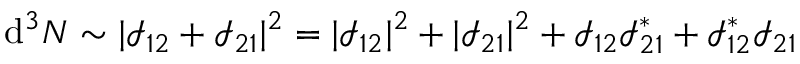
\mathrm { d } ^ { 3 } N \sim | \mathcal { I } _ { 1 2 } + \mathcal { I } _ { 2 1 } | ^ { 2 } = | \mathcal { I } _ { 1 2 } | ^ { 2 } + | \mathcal { I } _ { 2 1 } | ^ { 2 } + \mathcal { I } _ { 1 2 } \mathcal { I } _ { 2 1 } ^ { * } + \mathcal { I } _ { 1 2 } ^ { * } \mathcal { I } _ { 2 1 }